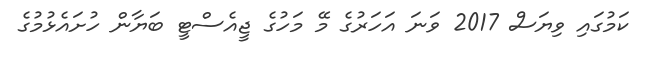
ކަމުގައި ވިޔަސް 2017 ވަނަ އަހަރުގެ މޭ މަހުގެ ޖީއެސްޓީ ބަޔާން ހުށައެޅުމުގެ